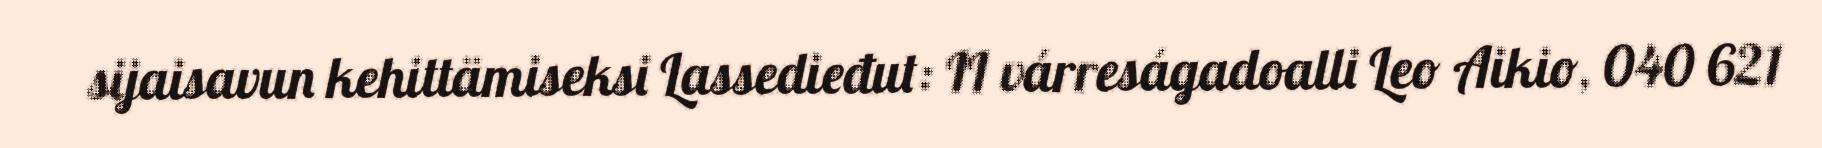
sijaisavun kehittämiseksi Lassedieđut: II várreságadoalli Leo Aikio, 040 621